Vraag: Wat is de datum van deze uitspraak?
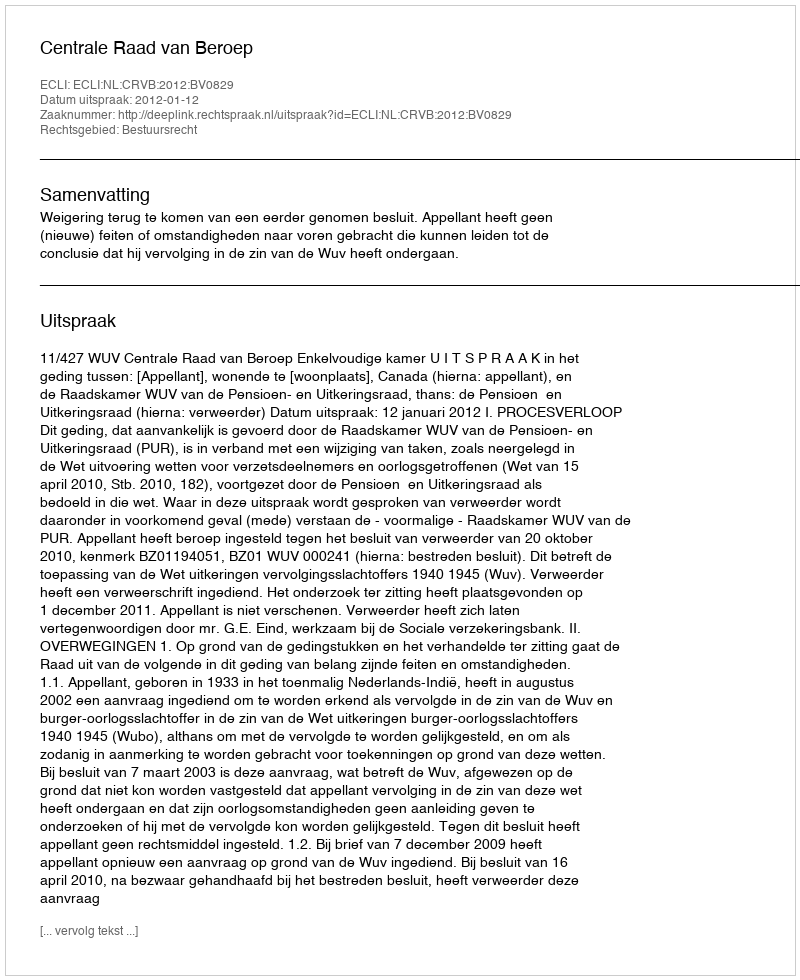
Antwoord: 2012-01-12